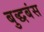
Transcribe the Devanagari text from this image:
बुद्धबंस